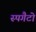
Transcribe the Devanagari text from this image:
स्पगैटो